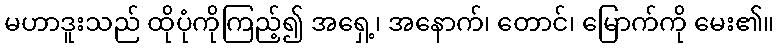
မဟာဒူးသည် ထိုပုံကိုကြည့်၍ အရှေ့၊ အနောက်၊ တောင်၊ မြောက်ကို မေး၏။